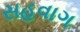
સહવાગ